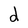
Character: d